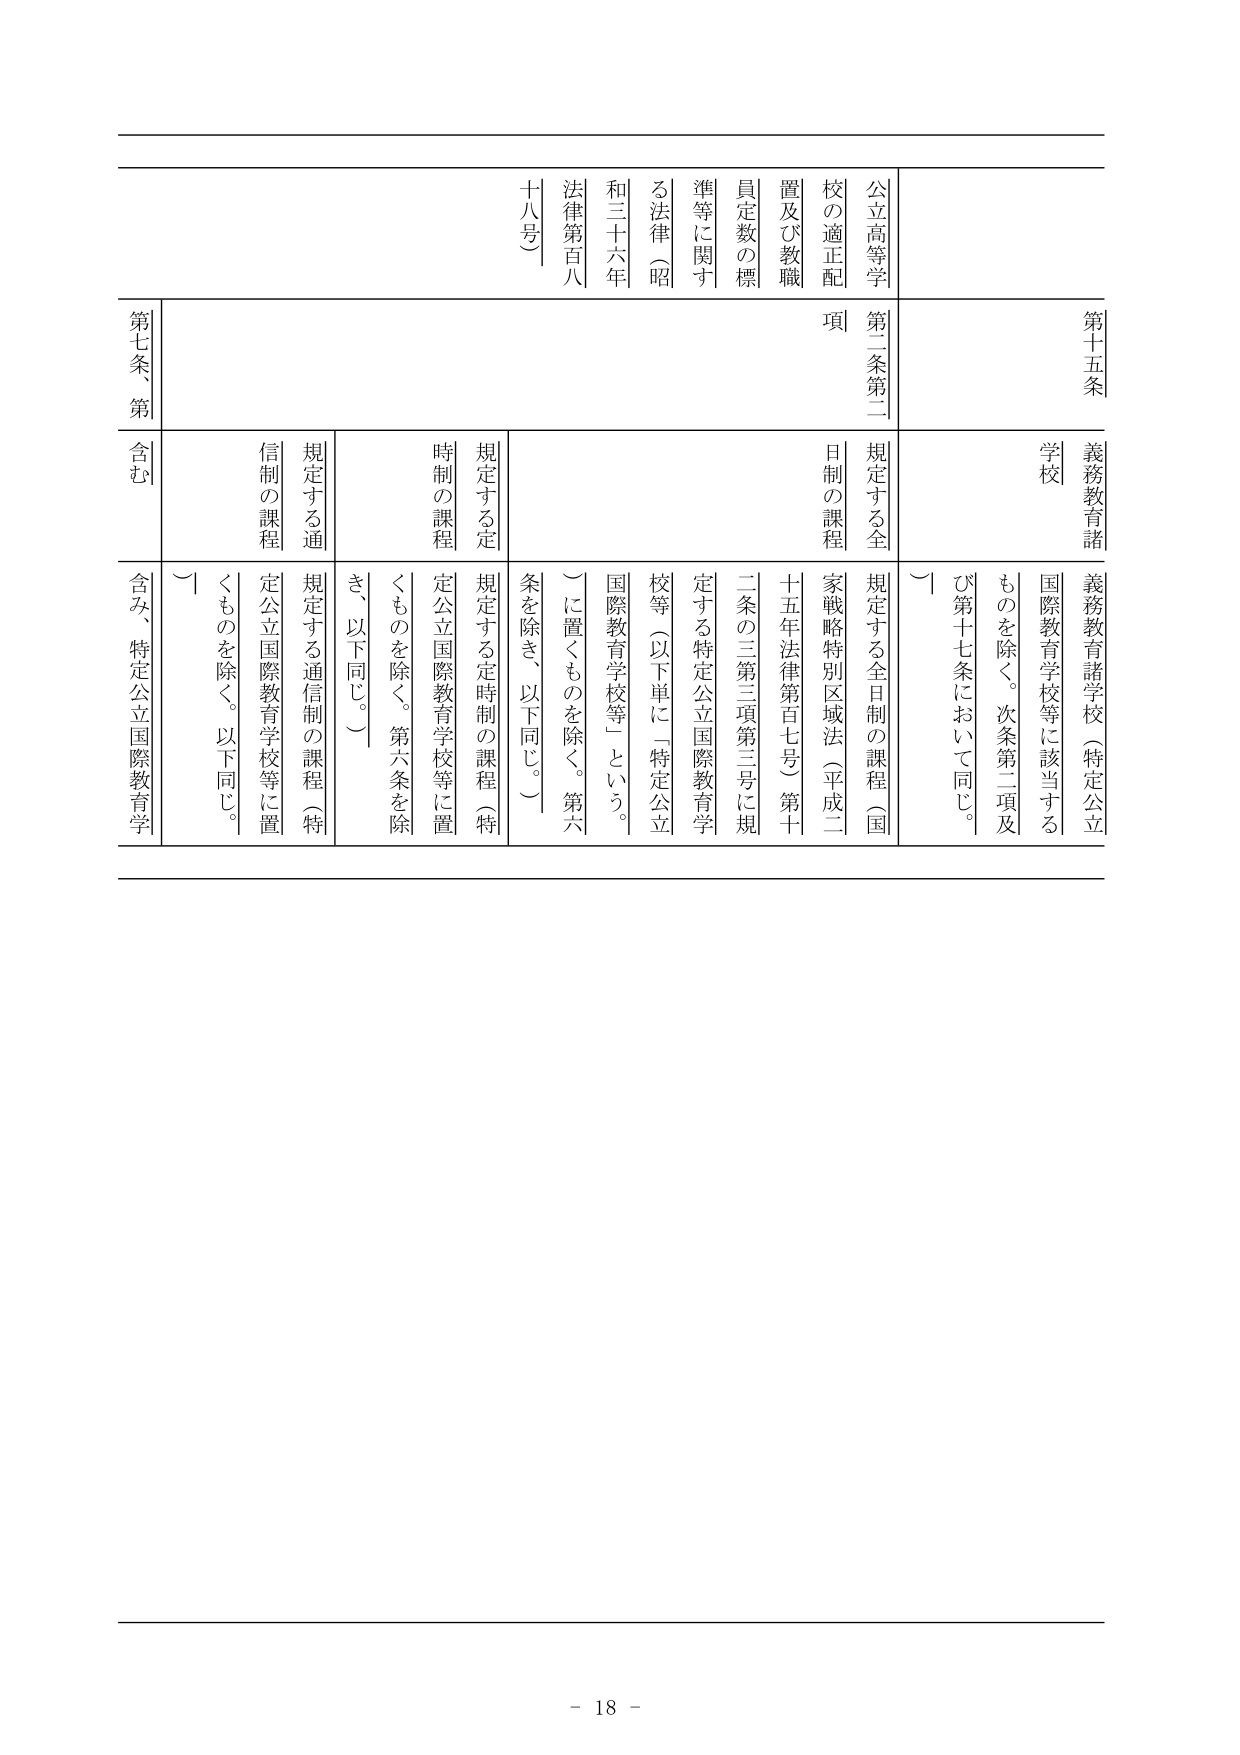
第十五条
義務教育諸学校
義務教育諸学校（特定公立国際教育学校等に該当するものを除く。次条第二項及び第十七条において同じ。）

公立高等学校の適正配置及び教職員定数の標準等に関する法律（昭和三十六年法律第百八十八号）
第二条第二項
規定する全日制の課程（国家戦略特別区域法（平成二十五年法律第百七号）第十二条の三第三項第三号に規定する特定公立国際教育学校等（以下単に「特定公立国際教育学校等」という。）に置くものを除く。第六条を除き、以下同じ。）
規定する定時制の課程（特定公立国際教育学校等に置くものを除く。第六条を除き、以下同じ。）
規定する通信制の課程（特定公立国際教育学校等に置くものを除く。以下同じ。）

第七条、第七条第二項
含む
含み、特定公立国際教育学校等に置くものを除く。以下同じ。

- 18 -